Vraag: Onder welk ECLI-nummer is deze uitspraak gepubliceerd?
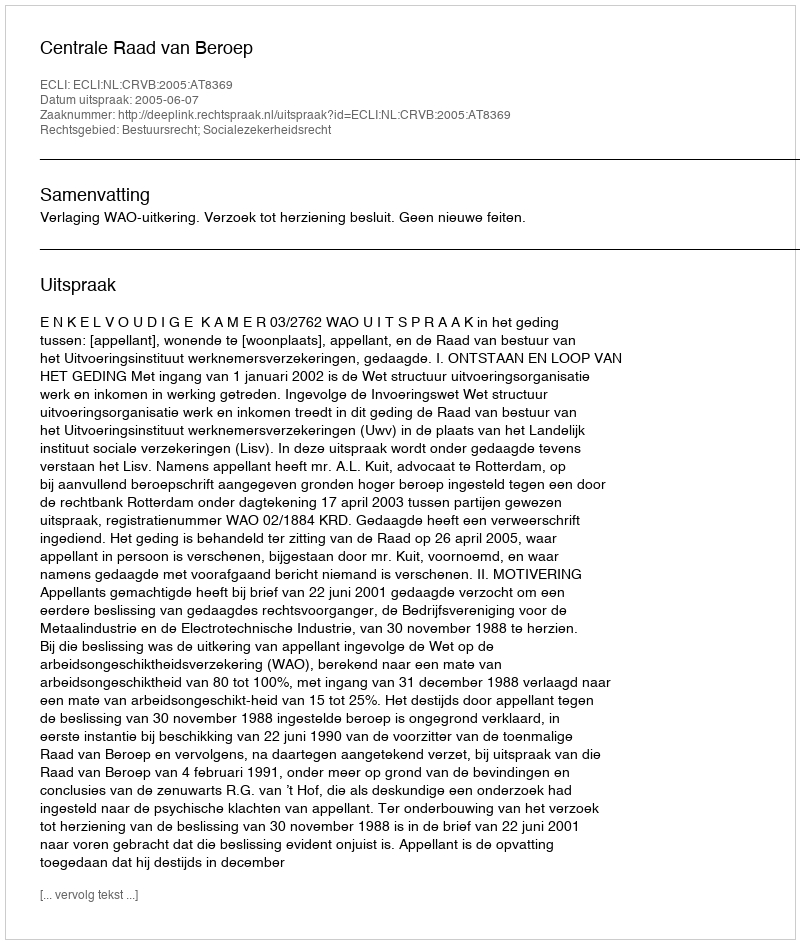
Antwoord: ECLI:NL:CRVB:2005:AT8369